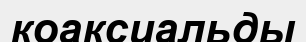
коаксиальды